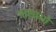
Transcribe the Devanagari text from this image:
भासाओ